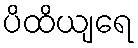
ပိထိယျရေ